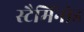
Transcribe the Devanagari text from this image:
स्टैमिंनोड